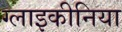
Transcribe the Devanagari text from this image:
ग्लाइकीनिया